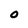
Character: o